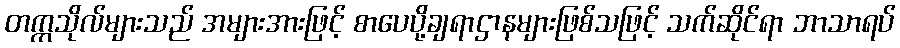
တက္ကသိုလ်များသည် အများအားဖြင့် စာပေပို့ချရာဌာနများဖြစ်သဖြင့် သက်ဆိုင်ရာ ဘာသာရပ်